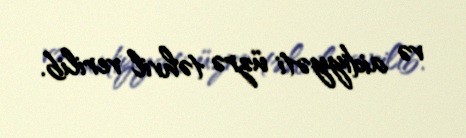
və aidiyyəti üzrə təhvil verilib.